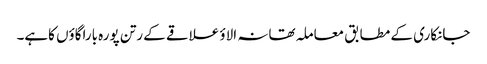
جانکاری کے مطابق معاملہ تھانہ الاؤ علاقے کے رتن پورہ باراگاؤں کاہے۔